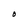
Character: O